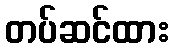
တပ်ဆင်ထား